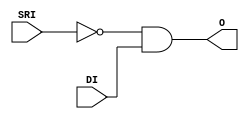
///////////////////////////////////////////////////////////////////////////////
// Copyright (c) 1995/2004 Xilinx, Inc.
// All Right Reserved.
///////////////////////////////////////////////////////////////////////////////
//   ____  ____
//  /   /\/   /
// /___/  \  /    Vendor : Xilinx
// \   \   \/     Version : 10.1
//  \   \         Description : Xilinx Formal Library Component
//  /   /                  Latch used as 2-input AND Gate
// /___/   /\     Filename : AND2B1L.v
// \   \  /  \    Timestamp : Tue Feb 26 11:11:42 PST 2008
//  \___\/\___\
//
// Revision:
//    04/01/08 - Initial version.
//    04/14/09 - Invert SRI not DI (CR517897)
// End Revision

`timescale  1 ps / 1 ps

module AND2B1L (O,  DI, SRI);

   output O;
   input  SRI, DI;

    wire o_out, sri_b;


    assign O =  o_out;

    not A0 (sri_b, SRI);
    and A1 (o_out, sri_b, DI);

endmodule